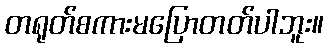
တရုတ်စကားမပြောတတ်ပါဘူး။